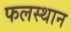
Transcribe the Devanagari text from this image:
फलस्थान